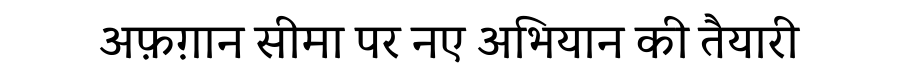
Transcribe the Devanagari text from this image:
अफ़ग़ान सीमा पर नए अभियान की तैयारी